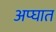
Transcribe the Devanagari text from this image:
अप्घात